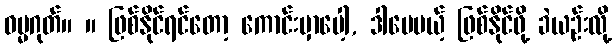
ဓမ္မဂုတ်။ ။ ဖြစ်နိုင်ရင်တော့ ကောင်းမှာပေါ့, ဒါပေမယ့် ဖြစ်နိုင်ဖို့ ခဲယဉ်းလို့